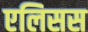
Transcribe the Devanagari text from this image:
एलिसस